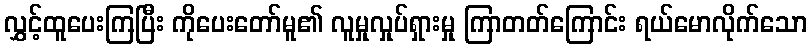
လွှင့်ထူပေးကြပြီး ကိုပေးတော်မူ၏ လူမှုလှုပ်ရှားမှု ကြာတတ်ကြောင်း ရယ်မောလိုက်သော